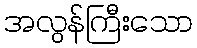
အလွန်ကြီးသော